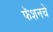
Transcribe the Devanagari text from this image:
फॅशनचे